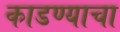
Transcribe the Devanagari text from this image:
काडण्याचा